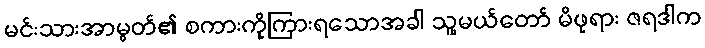
မင်းသားအာမွတ်၏ စကားကိုကြားရသောအခါ သူ့မယ်တော် မိဖုရား ဇရဒါက